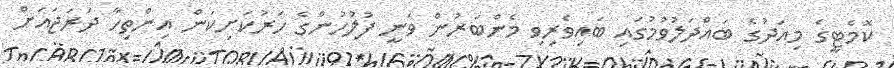
ކޮމެޓީގެ މިއަދުގެ ބައްދަލުވުމުގައި ބައިވެރިވި މެންބަރުން ވަނީ ފުލުހުންގެ ހަރުކަށިކަން އިންތިހާ ދަރަޖައަށް